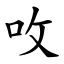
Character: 呚